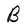
Character: B